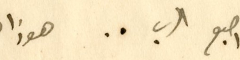
اصبع الرب .. هوذا